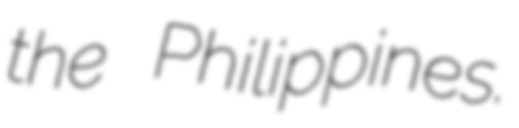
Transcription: the Philippines.